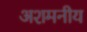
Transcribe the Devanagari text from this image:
अशमनीय